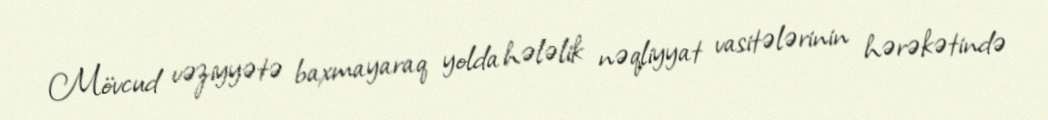
Mövcud vəziyyətə baxmayaraq yolda hələlik nəqliyyat vasitələrinin hərəkətində